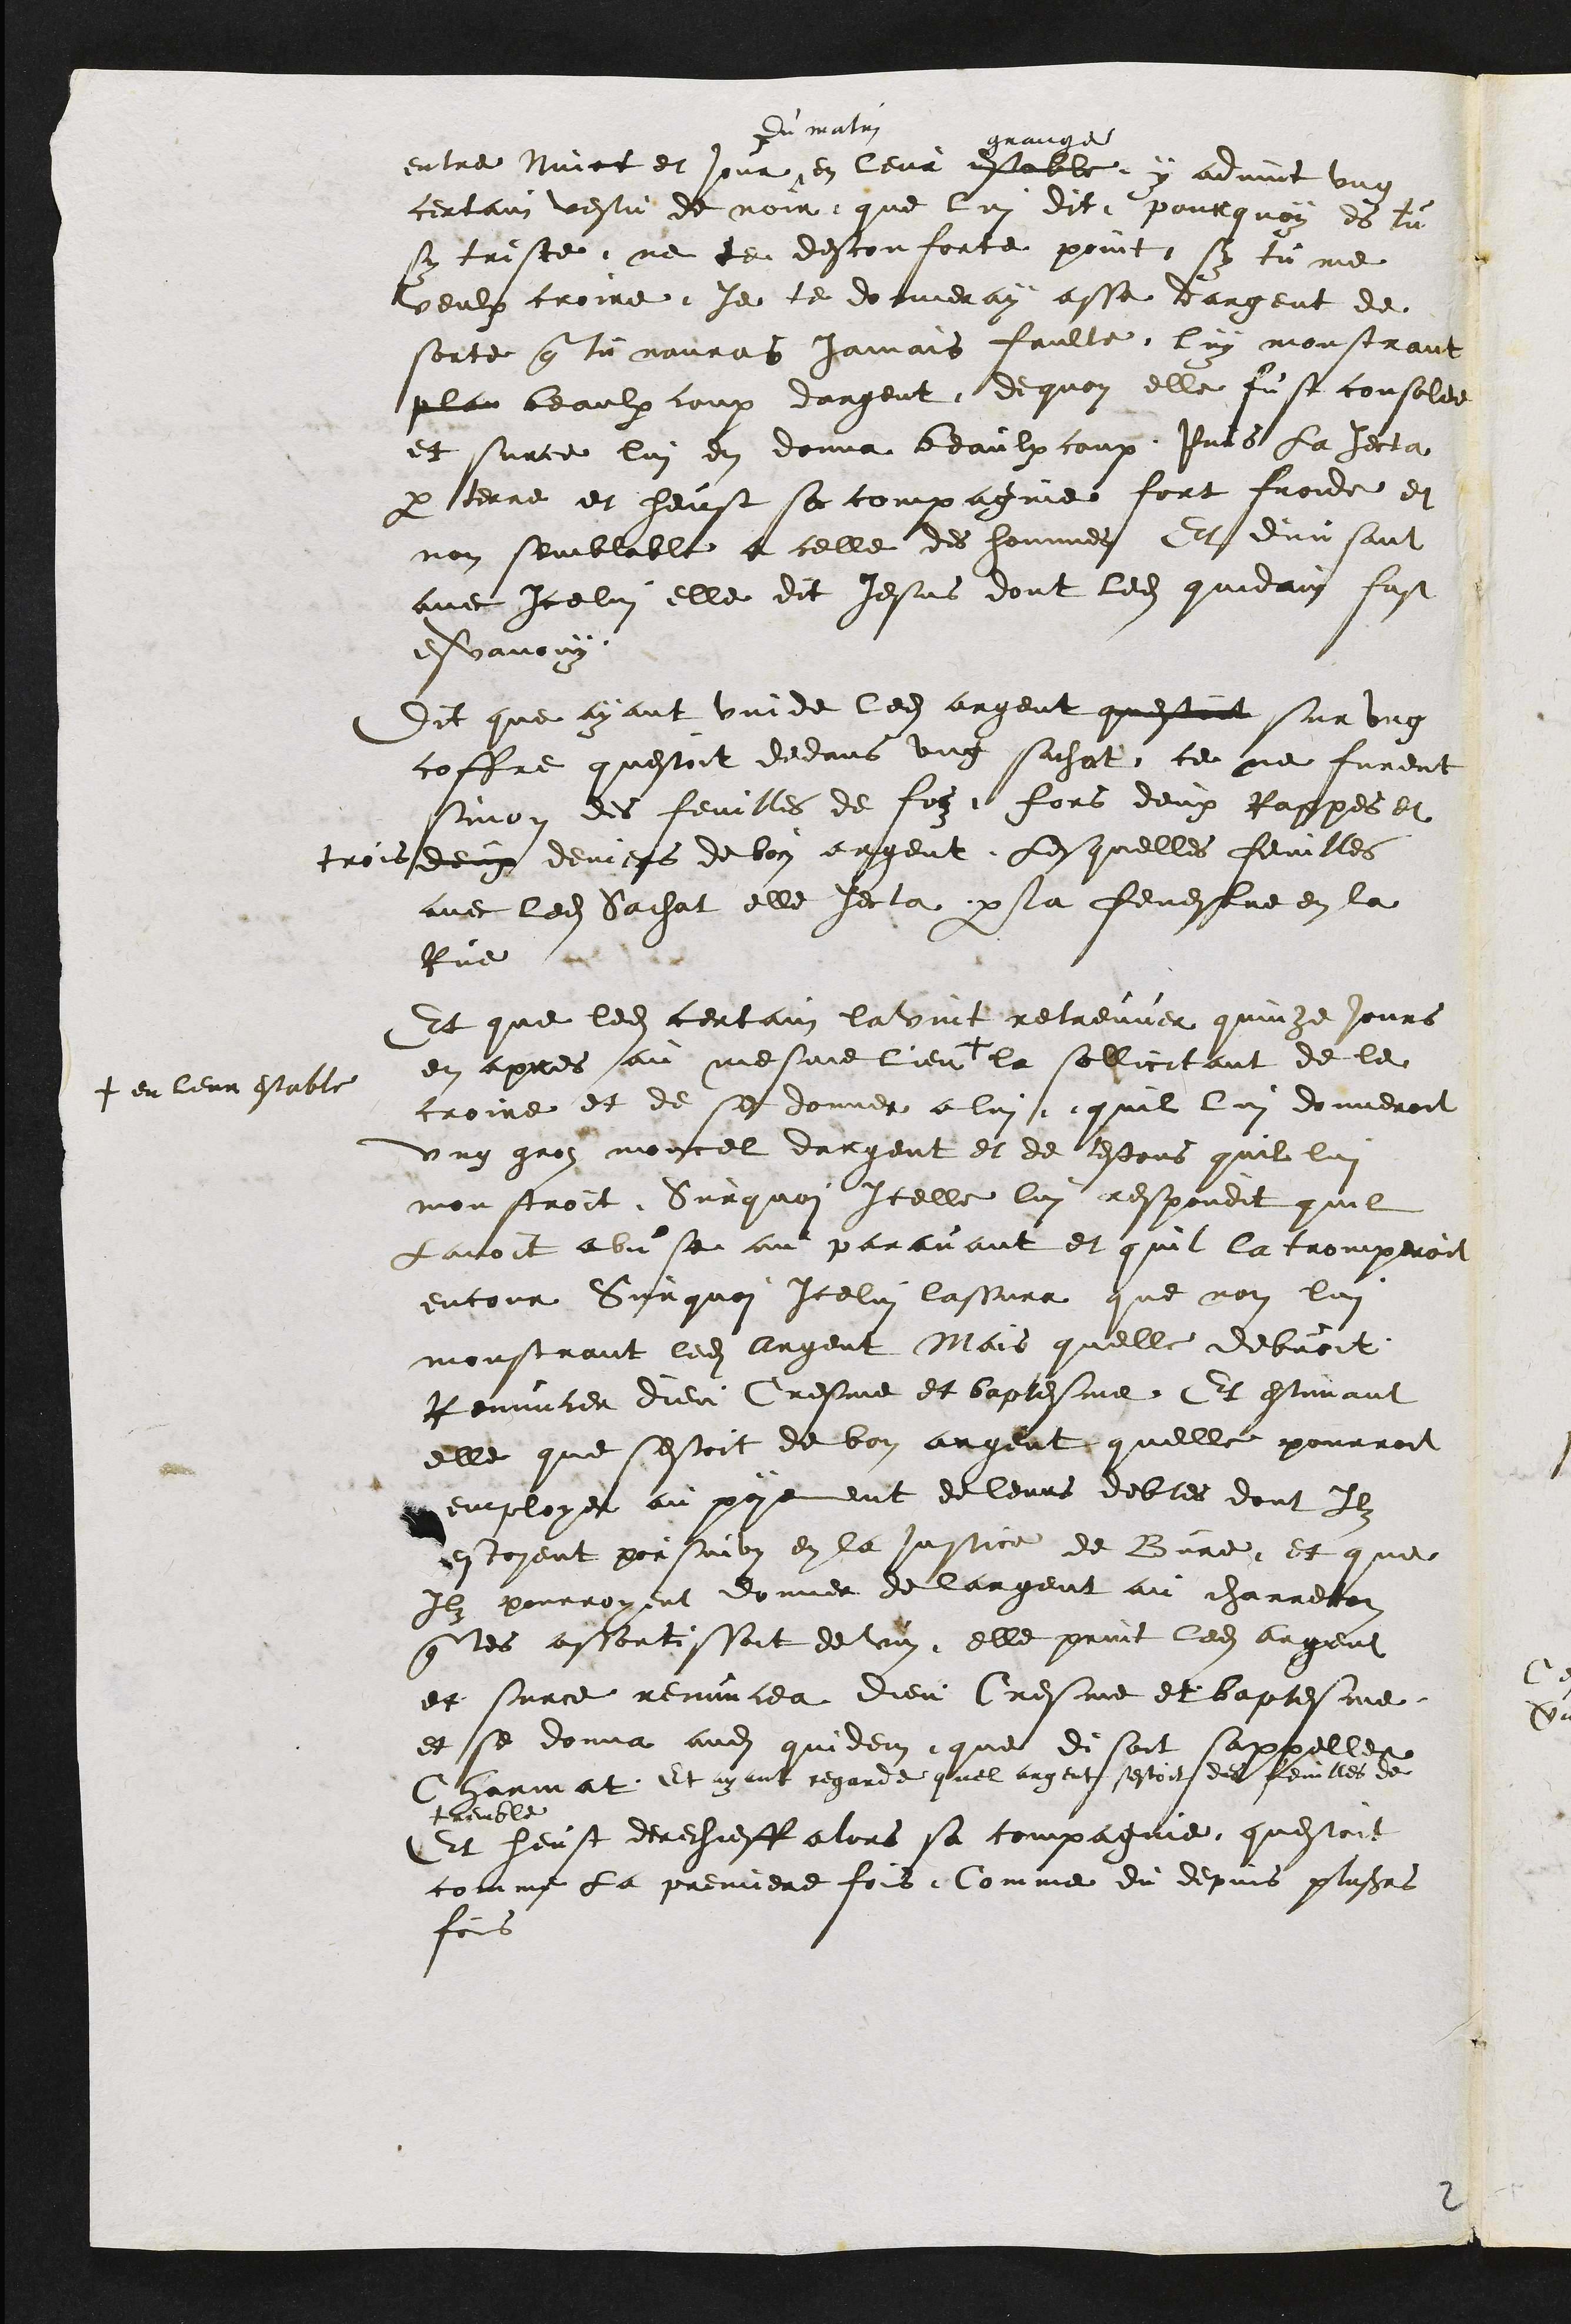
entre nuict et jour #
# du matin
en leur estable
grange
y advint ung
certain vestu de noir que lui dit pourquoy es tu
sy triste, ne te desconforte point sy, tu me
veulx croire je te donneray asse dargent de
sorte que tu nauras jamais faulte lui monstrant
plan beaulxcoup dargent dequoy elle fust consolee
et surce lui en donna beaulxcoup Puis la jecta
par terre et heust sa compagnie fort froide et
non semblable a celle des hommes Et divisant
avec Icelui elle dit Jesus dont ledit quidam fust
esvanouy
Dit que ayant vuide  ledit argent questoit sur ung
coffre questoit dedans ung sachat ce ne furent
sinon des feuilles de foz fors deux Rappes et
trois deux deniers de bon argent, Lesquelles feuilles
avec ledit sachat elle jecta par la fenestre en la
Rue
Et que ledit certain lavint retreuver quinze jours
en apres au mesme lieu +
+ en leur estable
la sollicitant de le
croire et de se donner a lui quil lui donneroit
ung groz moncel dargent et de testons quil lui
monstroit Surquoi Icelle lui respondit quil
lavoit abuse au paravant et quil la tromperoit
encour Surquoy Icelui lassura que non lui
monstrant ledit argent Mais quelle debvoit
Renuncer dieu Cresme et baptesme Et estimant
elle que sestoit de bon argent quelle pourroit
employer au payement de leurs debtes dont Ilz
estoyent porsuivis en la justice de Bure et que
Ilz pourroyent donner de largent au charreton
que les assortissoit de vin elle print ledit argent
et surce renuncea dieu Cresme et baptesme
et se donna audit quidem que disoit sappeller
Charmat Et ayant regarde quel argent sestoit des feuilles de
tremble
Et heust derechieff alors sa compagnie questoit
comme la premiere fois. Comme du depuis plusieurs
fois